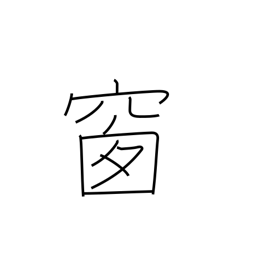
Meaning: pane